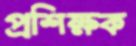
প্রশিক্ষক